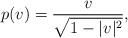
LaTeX: \begin{align*}p(v) = \frac{v}{\sqrt{1-|v|^2}},\end{align*}